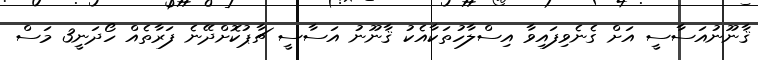
ޤާނޫނުއަސާސީ އަށް ގެނެވިފައިވާ އިސްލާހުތަކާއެކު ޤާނޫނު އަސާސީ ޗާޕުކޮށްދޭނެ ފަރާތެއް ހޯދަނީ3 މަސް